Vaccination in Bombay 1913-1923 - 1913-1923
Year: 1913
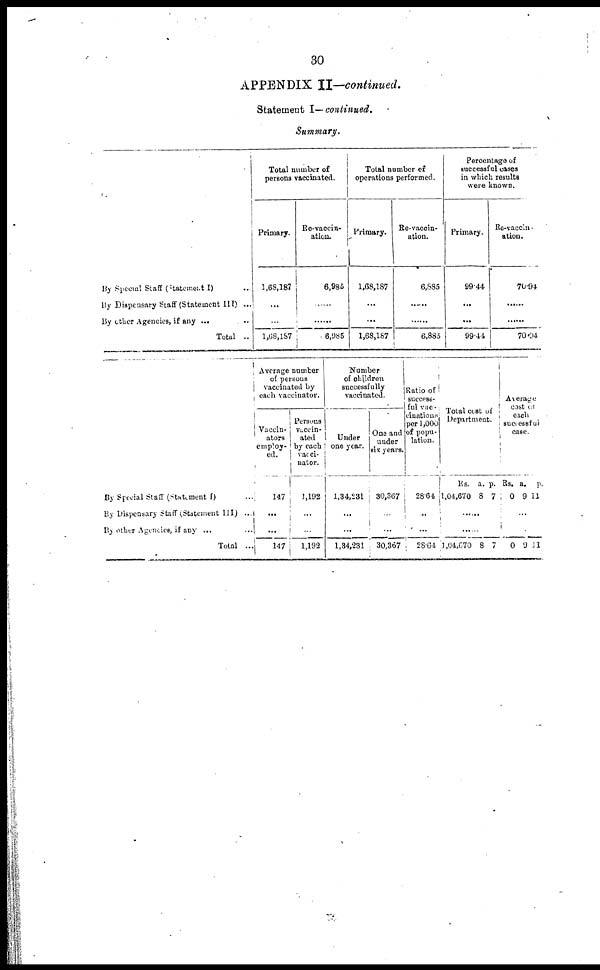
30
APPENDIX II—continued.
Statement I— continued.
Summary.
By Special Staff (Statement I) ..
By Dispensary Staff (Statement III) ...
By other Agencies, if any ... ..
Total ..
Total number of
persons vaccinated.
Primary.
1,68,187
...
...
1,68,187
Re-vaccin-
ation.
6,985
...
...
6,985
Total number of
operations performed.
Primary.
1,68,187
...
...
1,68,187
Re-vaccin-
ation.
6,885
......
......
6,885
Percentage of
successful cases
in which results
were known.
Primary.
99.44
...
...
99.44
Re-vaccin-
ation.
70.94
......
......
70.94
By Special Staff (Statement I) ...
By Dispensary Staff (Statement III) ..
By other Agencies, if any ... ...
Total ...
Average number
of persons
vaccinated by
each vaccinator.
Vaccin-
ators
employ-
ed.
147
...
...
147
Persons
vaccin-
ated
by each
vacci-
nator.
1,192
...
...
1,192
Number
of children
successfully
vaccinated.
Under
one year.
1,34,231
...
...
1,34,231
One and
under
sis years.
30,367
...
...
30,367
Ratio of
success-
ful vac-
cinations
per 1,000
of popu-
lation.
28.64
...
...
28.64
Total cost of
Department.
Rs.
1,04,670
a.
8
p.
7
......
......
1,04,670 8 7
Average
cost of
each
successful
case.
Rs.
0
a.
9
p.
11
...
...
0 9 11